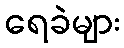
ရေခဲများ